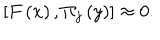
\left[ F \left( x \right) , \Pi _ { j } \left( y \right) \right] \approx 0 .